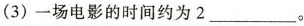
(3) 一场电影的时间约为 2 ___ 。